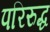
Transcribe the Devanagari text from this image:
परिरुद्ध